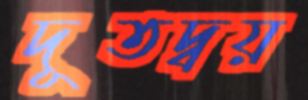
দূতদ্বয়